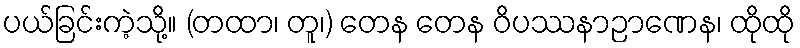
ပယ်ခြင်းကဲ့သို့။ (တထာ၊ တူ၊) တေန တေန ဝိပဿနာဉာဏေန၊ ထိုထို